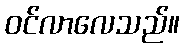
ဝင်လာလေသည်။